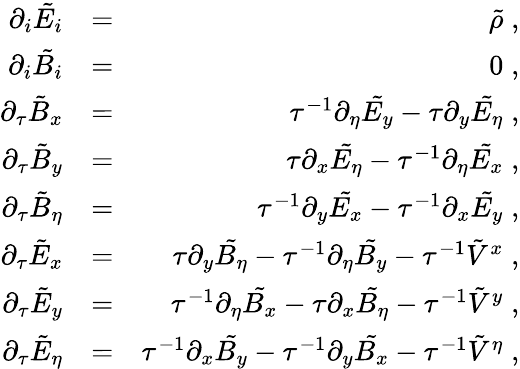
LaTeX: \begin{array}{rlr}{\partial_{i}\tilde{E_{i}}}&{=}&{\tilde{\rho}\; ,}\\ {\partial_{i}\tilde{B_{i}}}&{=}&{0\; ,}\\ {\partial_{\tau}\tilde{B}_{x}}&{=}&{\tau^{-1}\partial_{\eta}\tilde{E_{y}}-\tau\partial_{y}\tilde{E_{\eta}}\; ,}\\ {\partial_{\tau}\tilde{B}_{y}}&{=}&{\tau\partial_{x}\tilde{E_{\eta}}-\tau^{-1}\partial_{\eta}\tilde{E_{x}}\; ,}\\ {\partial_{\tau}\tilde{B}_{\eta}}&{=}&{\tau^{-1}\partial_{y}\tilde{E_{x}}-\tau^{-1}\partial_{x}\tilde{E_{y}}\; ,}\\ {\partial_{\tau}\tilde{E}_{x}}&{=}&{\tau\partial_{y}\tilde{B_{\eta}}-\tau^{-1}\partial_{\eta}\tilde{B_{y}}-\tau^{-1}\tilde{V}^{x}\; ,}\\ {\partial_{\tau}\tilde{E}_{y}}&{=}&{\tau^{-1}\partial_{\eta}\tilde{B_{x}}-\tau\partial_{x}\tilde{B_{\eta}}-\tau^{-1}\tilde{V}^{y}\; ,}\\ {\partial_{\tau}\tilde{E}_{\eta}}&{=}&{\tau^{-1}\partial_{x}\tilde{B_{y}}-\tau^{-1}\partial_{y}\tilde{B_{x}}-\tau^{-1}\tilde{V}^{\eta}\; ,}\end{array}